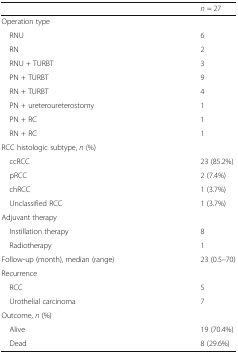
<table><thead><tr><td></td><td><b><i>n</i> = 27</b></td></tr></thead><tbody><tr><td colspan="2">Operation type</td></tr><tr><td> RNU</td><td>6</td></tr><tr><td> RN</td><td>2</td></tr><tr><td> RNU + TURBT</td><td>3</td></tr><tr><td> PN + TURBT</td><td>9</td></tr><tr><td> RN + TURBT</td><td>4</td></tr><tr><td> PN + ureteroureterostomy</td><td>1</td></tr><tr><td> PN + RC</td><td>1</td></tr><tr><td> RN + RC</td><td>1</td></tr><tr><td colspan="2">RCC histologic subtype, <i>n</i> (%)</td></tr><tr><td> ccRCC</td><td>23 (85.2%)</td></tr><tr><td> pRCC</td><td>2 (7.4%)</td></tr><tr><td> chRCC</td><td>1 (3.7%)</td></tr><tr><td> Unclassified RCC</td><td>1 (3.7%)</td></tr><tr><td colspan="2">Adjuvant therapy</td></tr><tr><td> Instillation therapy</td><td>8</td></tr><tr><td> Radiotherapy</td><td>1</td></tr><tr><td>Follow-up (month), median (range)</td><td>23 (0.5–70)</td></tr><tr><td colspan="2">Recurrence</td></tr><tr><td> RCC</td><td>5</td></tr><tr><td> Urothelial carcinoma</td><td>7</td></tr><tr><td colspan="2">Outcome, <i>n</i> (%)</td></tr><tr><td> Alive</td><td>19 (70.4%)</td></tr><tr><td> Dead</td><td>8 (29.6%)</td></tr></tbody></table>